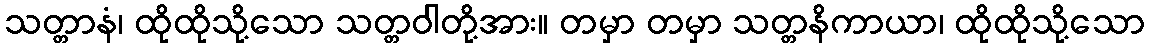
သတ္တာနံ၊ ထိုထိုသို့သော သတ္တဝါတို့အား။ တမှာ တမှာ သတ္တနိကာယာ၊ ထိုထိုသို့သော